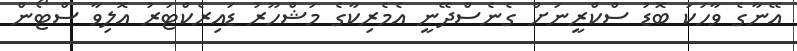
އޭނާގެ ވާހަކަ ބޮޑު ސްކްރީނަށް ގެނެސްދޭނީ އެމެރިކާގެ މަޝްހޫރު ޑައިރެކްޓަރު އޮލިވާ ސްޓޯން